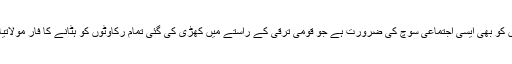
آج پاکستانیوں کو بھی ایسی اجتماعی سوچ کی ضرورت ہے جو قومی ترقی کے راستے میں کھڑی کی گئی تمام رکاوٹوں کو ہٹانے کا فار مولاتیار کر سکے۔